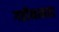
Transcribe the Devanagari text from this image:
गतीमानता